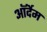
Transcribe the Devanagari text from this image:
ऑर्देम